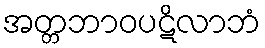
အတ္တဘာဝပဋိလာဘံ